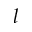
l